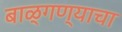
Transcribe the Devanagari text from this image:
बाळ्गण्याचा